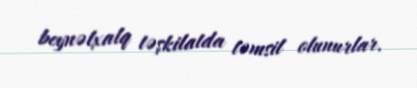
beynəlxalq təşkilatda təmsil olunurlar.